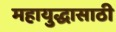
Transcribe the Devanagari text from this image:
महायुद्धासाठी